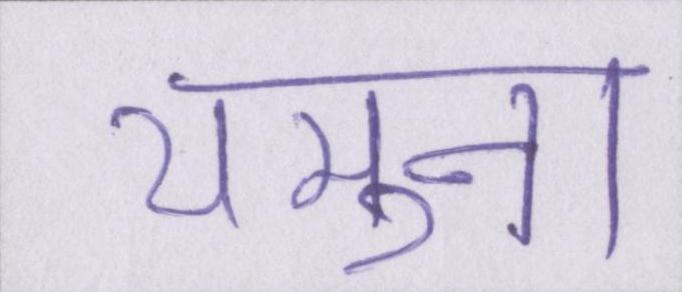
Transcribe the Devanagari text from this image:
यमुना